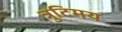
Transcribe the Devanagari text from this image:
त्रुटिमय